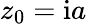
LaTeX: z_{0}=\mathrm{i}a